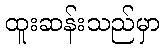
ထူးဆန်းသည်မှာ